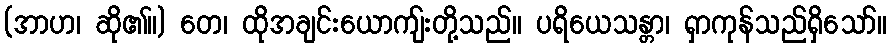
(အာဟ၊ ဆို၏။) တေ၊ ထိုအချင်းယောကျ်းတို့သည်။ ပရိယေသန္တာ၊ ရှာကုန်သည်ရှိသော်။